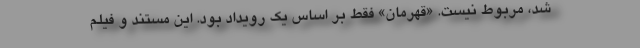
شد، مربوط نیست. «قهرمان» فقط بر اساس یک رویداد بود. این مستند و فیلم